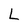
Character: L